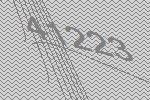
41223